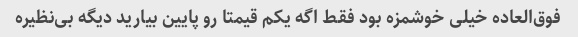
فوق‌العاده خیلی خوشمزه بود فقط اگه یکم قیمتا رو پایین بیارید دیگه بی‌نظیره